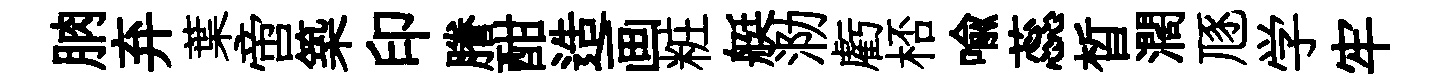
朒弃葉啻築印謄酣造画粧艇泐虧桮喻蕊晳濶豗学牢